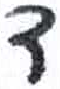
אות: ד